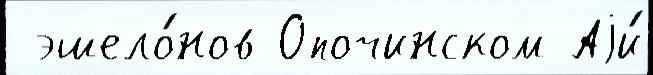
 эшело́нов Опочинском Аjи́